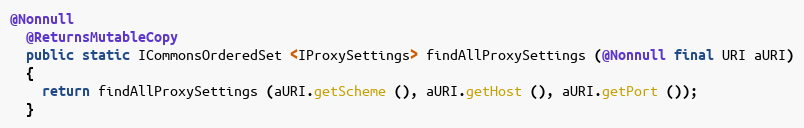
Language: Java
@Nonnull
  @ReturnsMutableCopy
  public static ICommonsOrderedSet <IProxySettings> findAllProxySettings (@Nonnull final URI aURI)
  {
    return findAllProxySettings (aURI.getScheme (), aURI.getHost (), aURI.getPort ());
  }